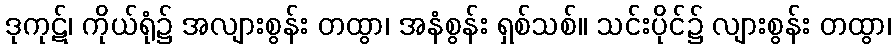
ဒုကုဋ်၊ ကိုယ်ရုံ၌ အလျားစွန်း တထွာ၊ အနံစွန်း ရှစ်သစ်။ သင်းပိုင်၌ လျားစွန်း တထွာ၊